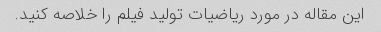
این مقاله در مورد ریاضیات تولید فیلم را خلاصه کنید.